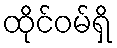
ထိုင်ဝမ်ရှိ